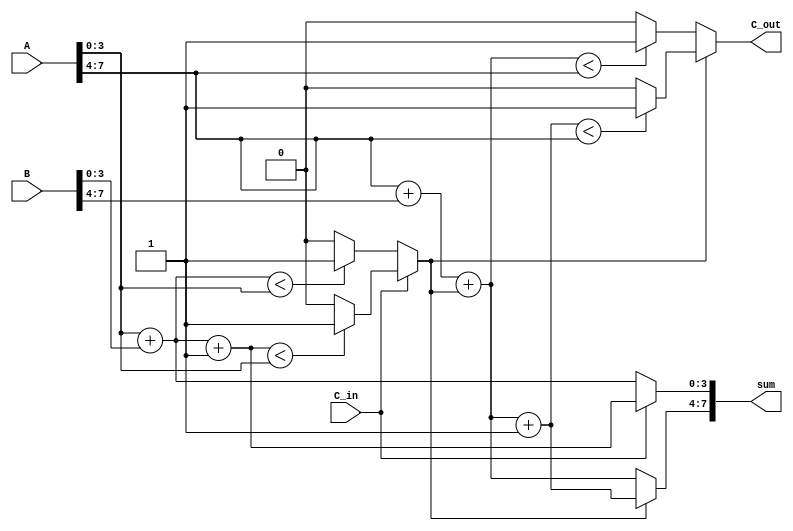
module static_carry_select_adder (
    input [7:0] A,        // First 8-bit input
    input [7:0] B,        // Second 8-bit input
    input C_in,           // Carry-in for the least significant segment
    output [7:0] sum,     // 8-bit sum output
    output C_out          // Carry-out from the most significant segment
);

    wire [3:0] A0, A1, B0, B1;
    wire C0, C1; // Carry outputs for the segments
    wire [3:0] S0_0, S0_1, S1_0, S1_1; // Partial sums for each case

    // Segment the inputs
    assign A0 = A[3:0];
    assign A1 = A[7:4];
    assign B0 = B[3:0];
    assign B1 = B[7:4];

    // Generate sums and carries for the first segment (lower 4 bits)
    assign S0_0 = A0 + B0; // Sum assuming C_in = 0
    assign S0_1 = A0 + B0 + 1'b1; // Sum assuming C_in = 1
    assign C0 = (S0_0 < A0) ? 1'b1 : 1'b0; // Carry-out for case C_in = 0
    assign C1 = (S0_1 < A0) ? 1'b1 : 1'b0; // Carry-out for case C_in = 1

    // MUX for selecting sum and carry for the first segment based on C_in
    wire [3:0] S0 = (C_in) ? S0_1 : S0_0;
    wire C0_sel = (C_in) ? C1 : C0;

    // Generate sums and carries for the second segment (higher 4 bits)
    wire [3:0] S1_0, S1_1;
    assign S1_0 = A1 + B1 + C0_sel; // Sum with carry-in from the first segment
    assign S1_1 = A1 + B1 + C0_sel + 1'b1; // Sum assuming alternative carry-in

    // Carry-out for the second segment (higher 4 bits)
    wire C_out_0 = (S1_0 < A1) ? 1'b1 : 1'b0;
    wire C_out_1 = (S1_1 < A1) ? 1'b1 : 1'b0;

    // MUX for selecting sum and carry for the second segment based on C_out from the first segment
    assign sum[3:0] = S0; // Lower 4 bits
    assign sum[7:4] = (C0_sel) ? S1_1[3:0] : S1_0[3:0]; // Higher 4 bits
    assign C_out = (C0_sel) ? C_out_1 : C_out_0;

endmodule